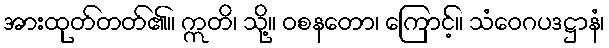
အားထုတ်တတ်၏။ ဣတိ၊ သို့။ ဝစနတော၊ ကြောင့်။ သံဝေဂပဒဋ္ဌာနံ၊